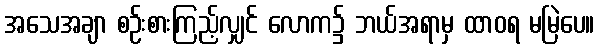
အသေအချာ စဉ်းစားကြည့်လျှင် လောက၌ ဘယ်အရာမှ ထာဝရ မမြဲပေ။